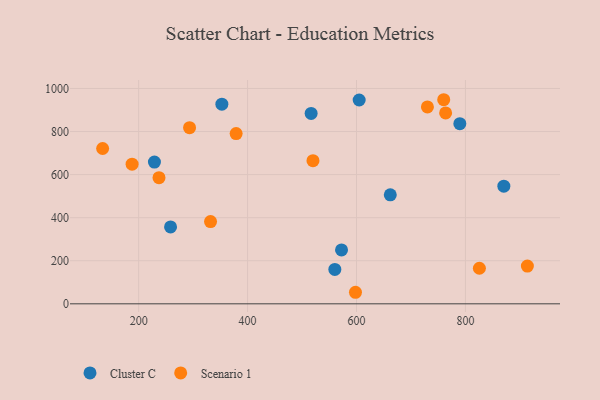
{"axis": {"x": "Engine Size", "y": "Rating"}, "legend": ["Cluster C", "Scenario 1"], "data": [{"x": "604.9", "y": 946.6, "type": "Cluster C"}, {"x": "560.2", "y": 159.9, "type": "Cluster C"}, {"x": "789.7", "y": 836.7, "type": "Cluster C"}, {"x": "516.7", "y": 884.2, "type": "Cluster C"}, {"x": "662.0", "y": 506.0, "type": "Cluster C"}, {"x": "229.0", "y": 658.1, "type": "Cluster C"}, {"x": "258.6", "y": 356.9, "type": "Cluster C"}, {"x": "870.5", "y": 546.3, "type": "Cluster C"}, {"x": "352.8", "y": 927.1, "type": "Cluster C"}, {"x": "572.5", "y": 250.1, "type": "Cluster C"}, {"x": "730.2", "y": 914.2, "type": "Scenario 1"}, {"x": "133.9", "y": 721.4, "type": "Scenario 1"}, {"x": "293.5", "y": 817.8, "type": "Scenario 1"}, {"x": "825.6", "y": 165.2, "type": "Scenario 1"}, {"x": "332.0", "y": 381.8, "type": "Scenario 1"}, {"x": "763.6", "y": 886.4, "type": "Scenario 1"}, {"x": "237.4", "y": 585.8, "type": "Scenario 1"}, {"x": "760.1", "y": 947.8, "type": "Scenario 1"}, {"x": "520.1", "y": 664.8, "type": "Scenario 1"}, {"x": "913.7", "y": 175.3, "type": "Scenario 1"}, {"x": "598.1", "y": 53.6, "type": "Scenario 1"}, {"x": "188.0", "y": 648.4, "type": "Scenario 1"}, {"x": "379.0", "y": 790.8, "type": "Scenario 1"}]}